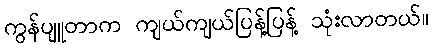
ကွန်ပျူတာက ကျယ်ကျယ်ပြန့်ပြန့် သုံးလာတယ်။